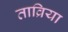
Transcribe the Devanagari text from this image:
ताव्रिया